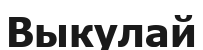
Выкулай